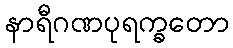
နာရီဂဏပုရက္ခတော